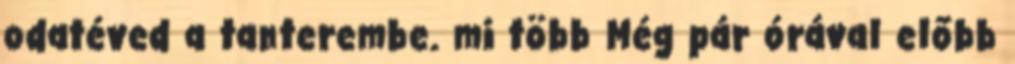
odatéved a tanterembe. mi több Még pár órával előbb